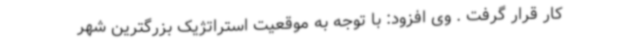
کار قرار گرفت . وی افزود: با توجه به موقعیت استراتژیک بزرگترین شهر